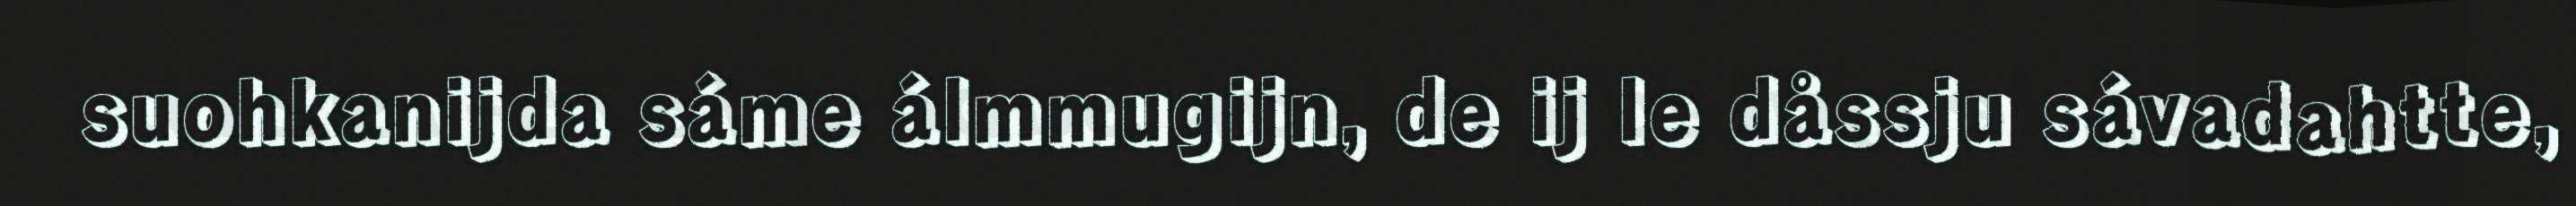
suohkanijda sáme álmmugijn, de ij le dåssju sávadahtte,